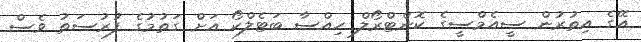
އޭގެ އިތުރުން ސީއެމްސީގެ ކޮންޓްރޯލް ހިއްސާ ބަޓެލްކޯ އަށް ގަތުމުގެ ފުރުސަތު ވެސް